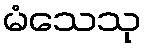
မံသေသု